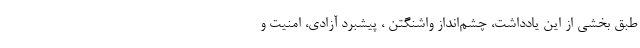
طبق بخشی از این یادداشت، چشم‌انداز واشنگتن ، پیشبرد آزادی، امنیت و